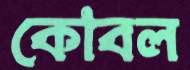
কোবল